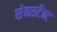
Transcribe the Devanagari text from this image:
सेक्सटैन्ट